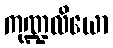
ကုဏ္ဍလိယော